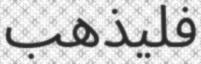
فليذھب